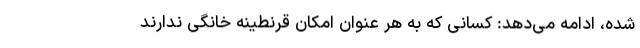
شده، ادامه می‌دهد: کسانی که به هر عنوان امکان قرنطینه خانگی ندارند